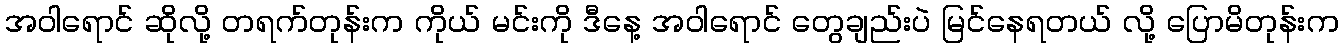
အဝါရောင် ဆိုလို့ တရက်တုန်းက ကိုယ် မင်းကို ဒီနေ့ အဝါရောင် တွေချည်းပဲ မြင်နေရတယ် လို့ ပြောမိတုန်းက